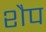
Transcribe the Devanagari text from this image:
शैप